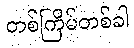
တစ်ကြိမ်တစ်ခါ